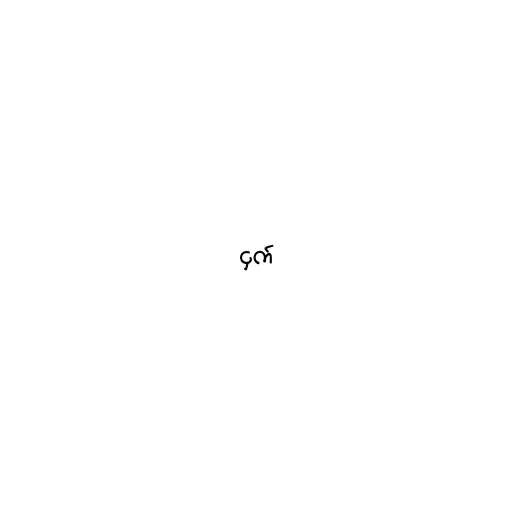
ငှက်